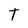
Character: T